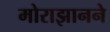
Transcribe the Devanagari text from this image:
मोराझानने